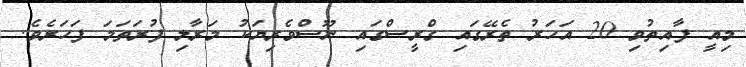
މިއީ ފާއިތުވި 20 އަހަރު ތެރޭގައި ގްރީސްގައި ނޫސްވެރިޔަކު މަރާލި ފުރަތަމަ ފަހަރެވެ.